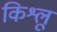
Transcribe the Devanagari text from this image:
किश्लू